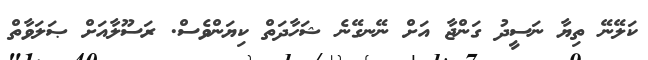
ކަލޭނޭ ތިޔާ ނަސީދު ގަންޖާ އަށް ނޭނގޭނެ ޝަހާދަތް ކިޔަންވެސް. ރަސޫލާއަށް ޞަލަވާތް